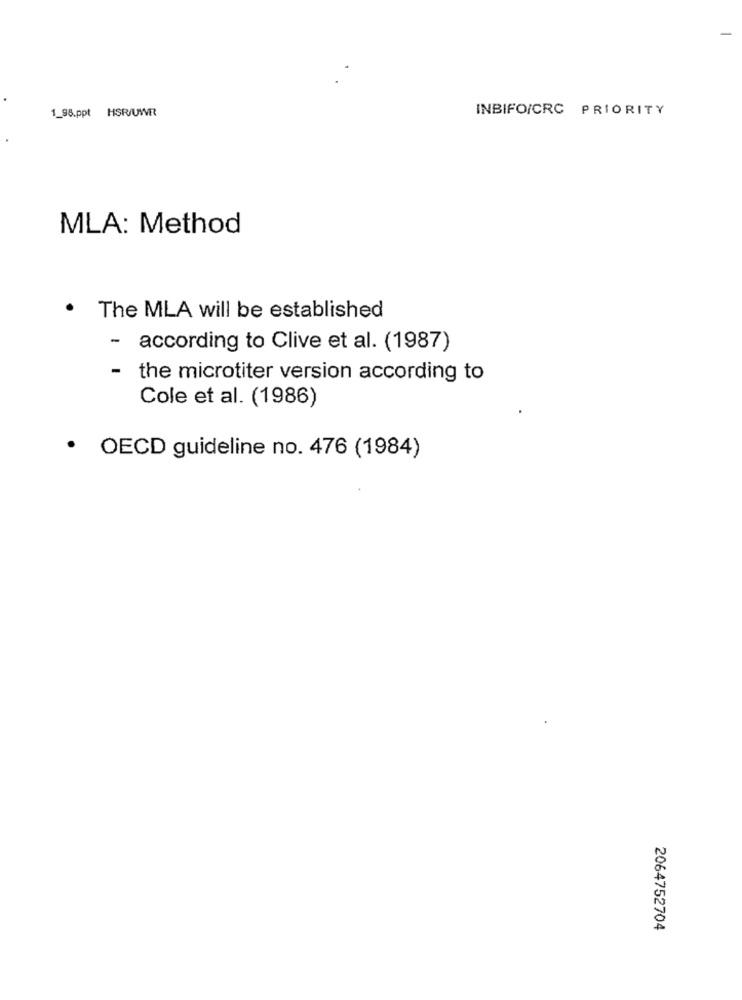
1_98.ppt HSR/UWR
INBIFO/CRC PRIORITY
MLA: Method
.
The MLA will be established
- according to Clive et al. (1987)
- the microtiter version according to
Cole et al. (1986)
OECD guideline no. 476 (1984)
2064752704